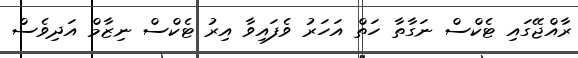
ރާއްޖޭގައި ޓެކްސް ނަގާތާ ހަތް އަހަރު ވެފައިވާ އިރު ޓެކްސް ނިޒާމް އަދިވެސް